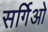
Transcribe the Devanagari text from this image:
सर्गिओ